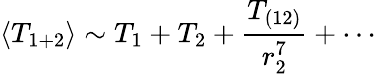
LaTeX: \langle T_{1+2}\rangle\sim T_{1}+T_{2}+\frac{T_{(12)}}{r_{2}^{7}}+\cdots